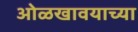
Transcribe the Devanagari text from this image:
ओळखावयाच्या